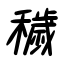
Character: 穢